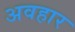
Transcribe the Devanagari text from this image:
अवहार